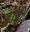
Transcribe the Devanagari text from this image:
होरी।